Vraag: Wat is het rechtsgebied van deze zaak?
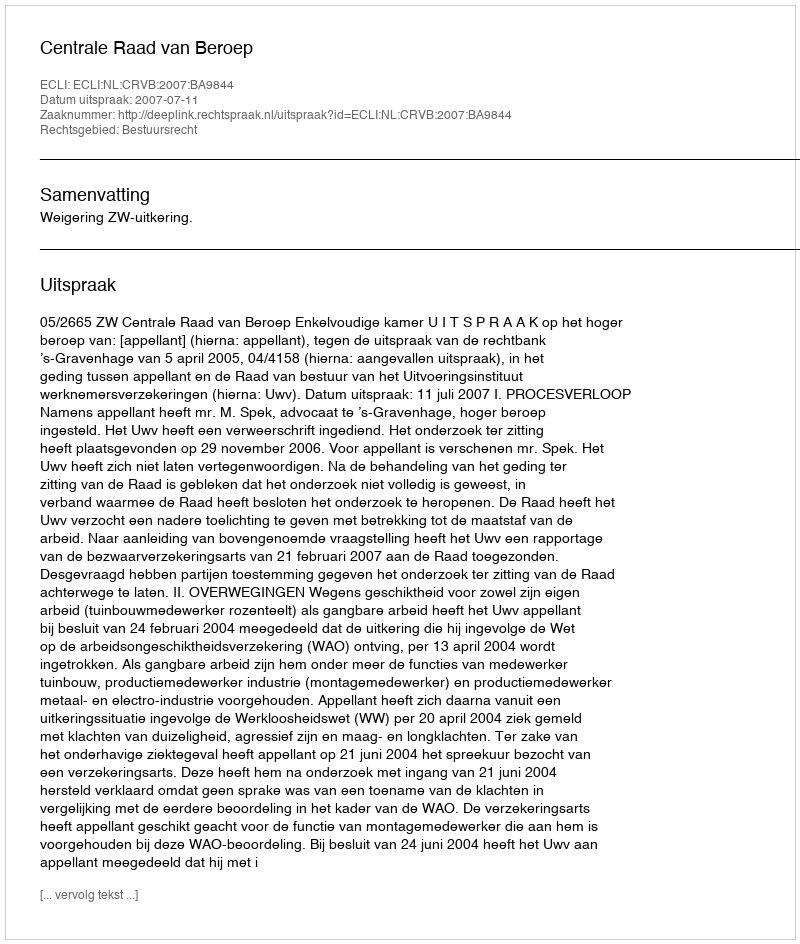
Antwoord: Bestuursrecht